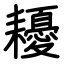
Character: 耰